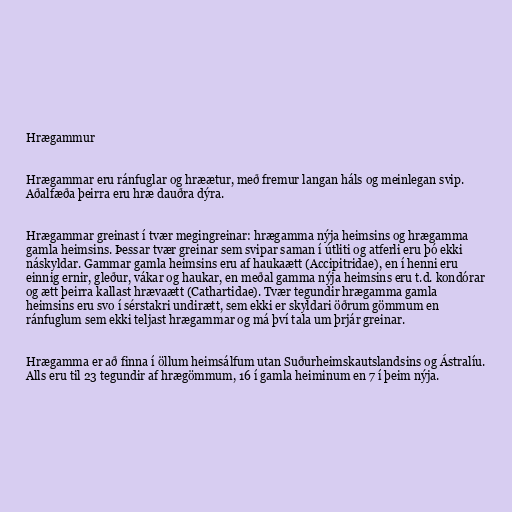
Hrægammur

Hrægammar eru ránfuglar og hræætur, með fremur langan háls og meinlegan svip.
Aðalfæða þeirra eru hræ dauðra dýra.

Hrægammar greinast í tvær megingreinar: hrægamma nýja heimsins og hrægamma
gamla heimsins. Þessar tvær greinar sem svipar saman í útliti og atferli eru þó ekki
náskyldar. Gammar gamla heimsins eru af haukaætt (Accipitridae), en í henni eru
einnig ernir, gleður, vákar og haukar, en meðal gamma nýja heimsins eru t.d. kondórar
og ætt þeirra kallast hrævaætt (Cathartidae). Tvær tegundir hrægamma gamla
heimsins eru svo í sérstakri undirætt, sem ekki er skyldari öðrum gömmum en
ránfuglum sem ekki teljast hrægammar og má því tala um þrjár greinar.

Hrægamma er að finna í öllum heimsálfum utan Suðurheimskautslandsins og Ástralíu.
Alls eru til 23 tegundir af hrægömmum, 16 í gamla heiminum en 7 í þeim nýja.